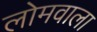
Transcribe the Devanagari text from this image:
लोमवाला